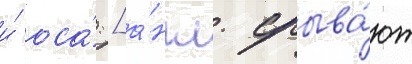
и́ оса́ [а́нгл. срыва́ют